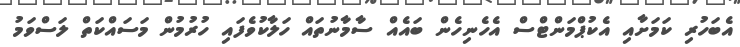
އެބަހުރި ކަމަށާއި އެކުޕްމަންޓްސް އެހެނިހެން ބައެއް ސާމާނުތައް ހަލާކުވެފައި ހުރުމުން މަސައްކަތް ލަސްވަމު